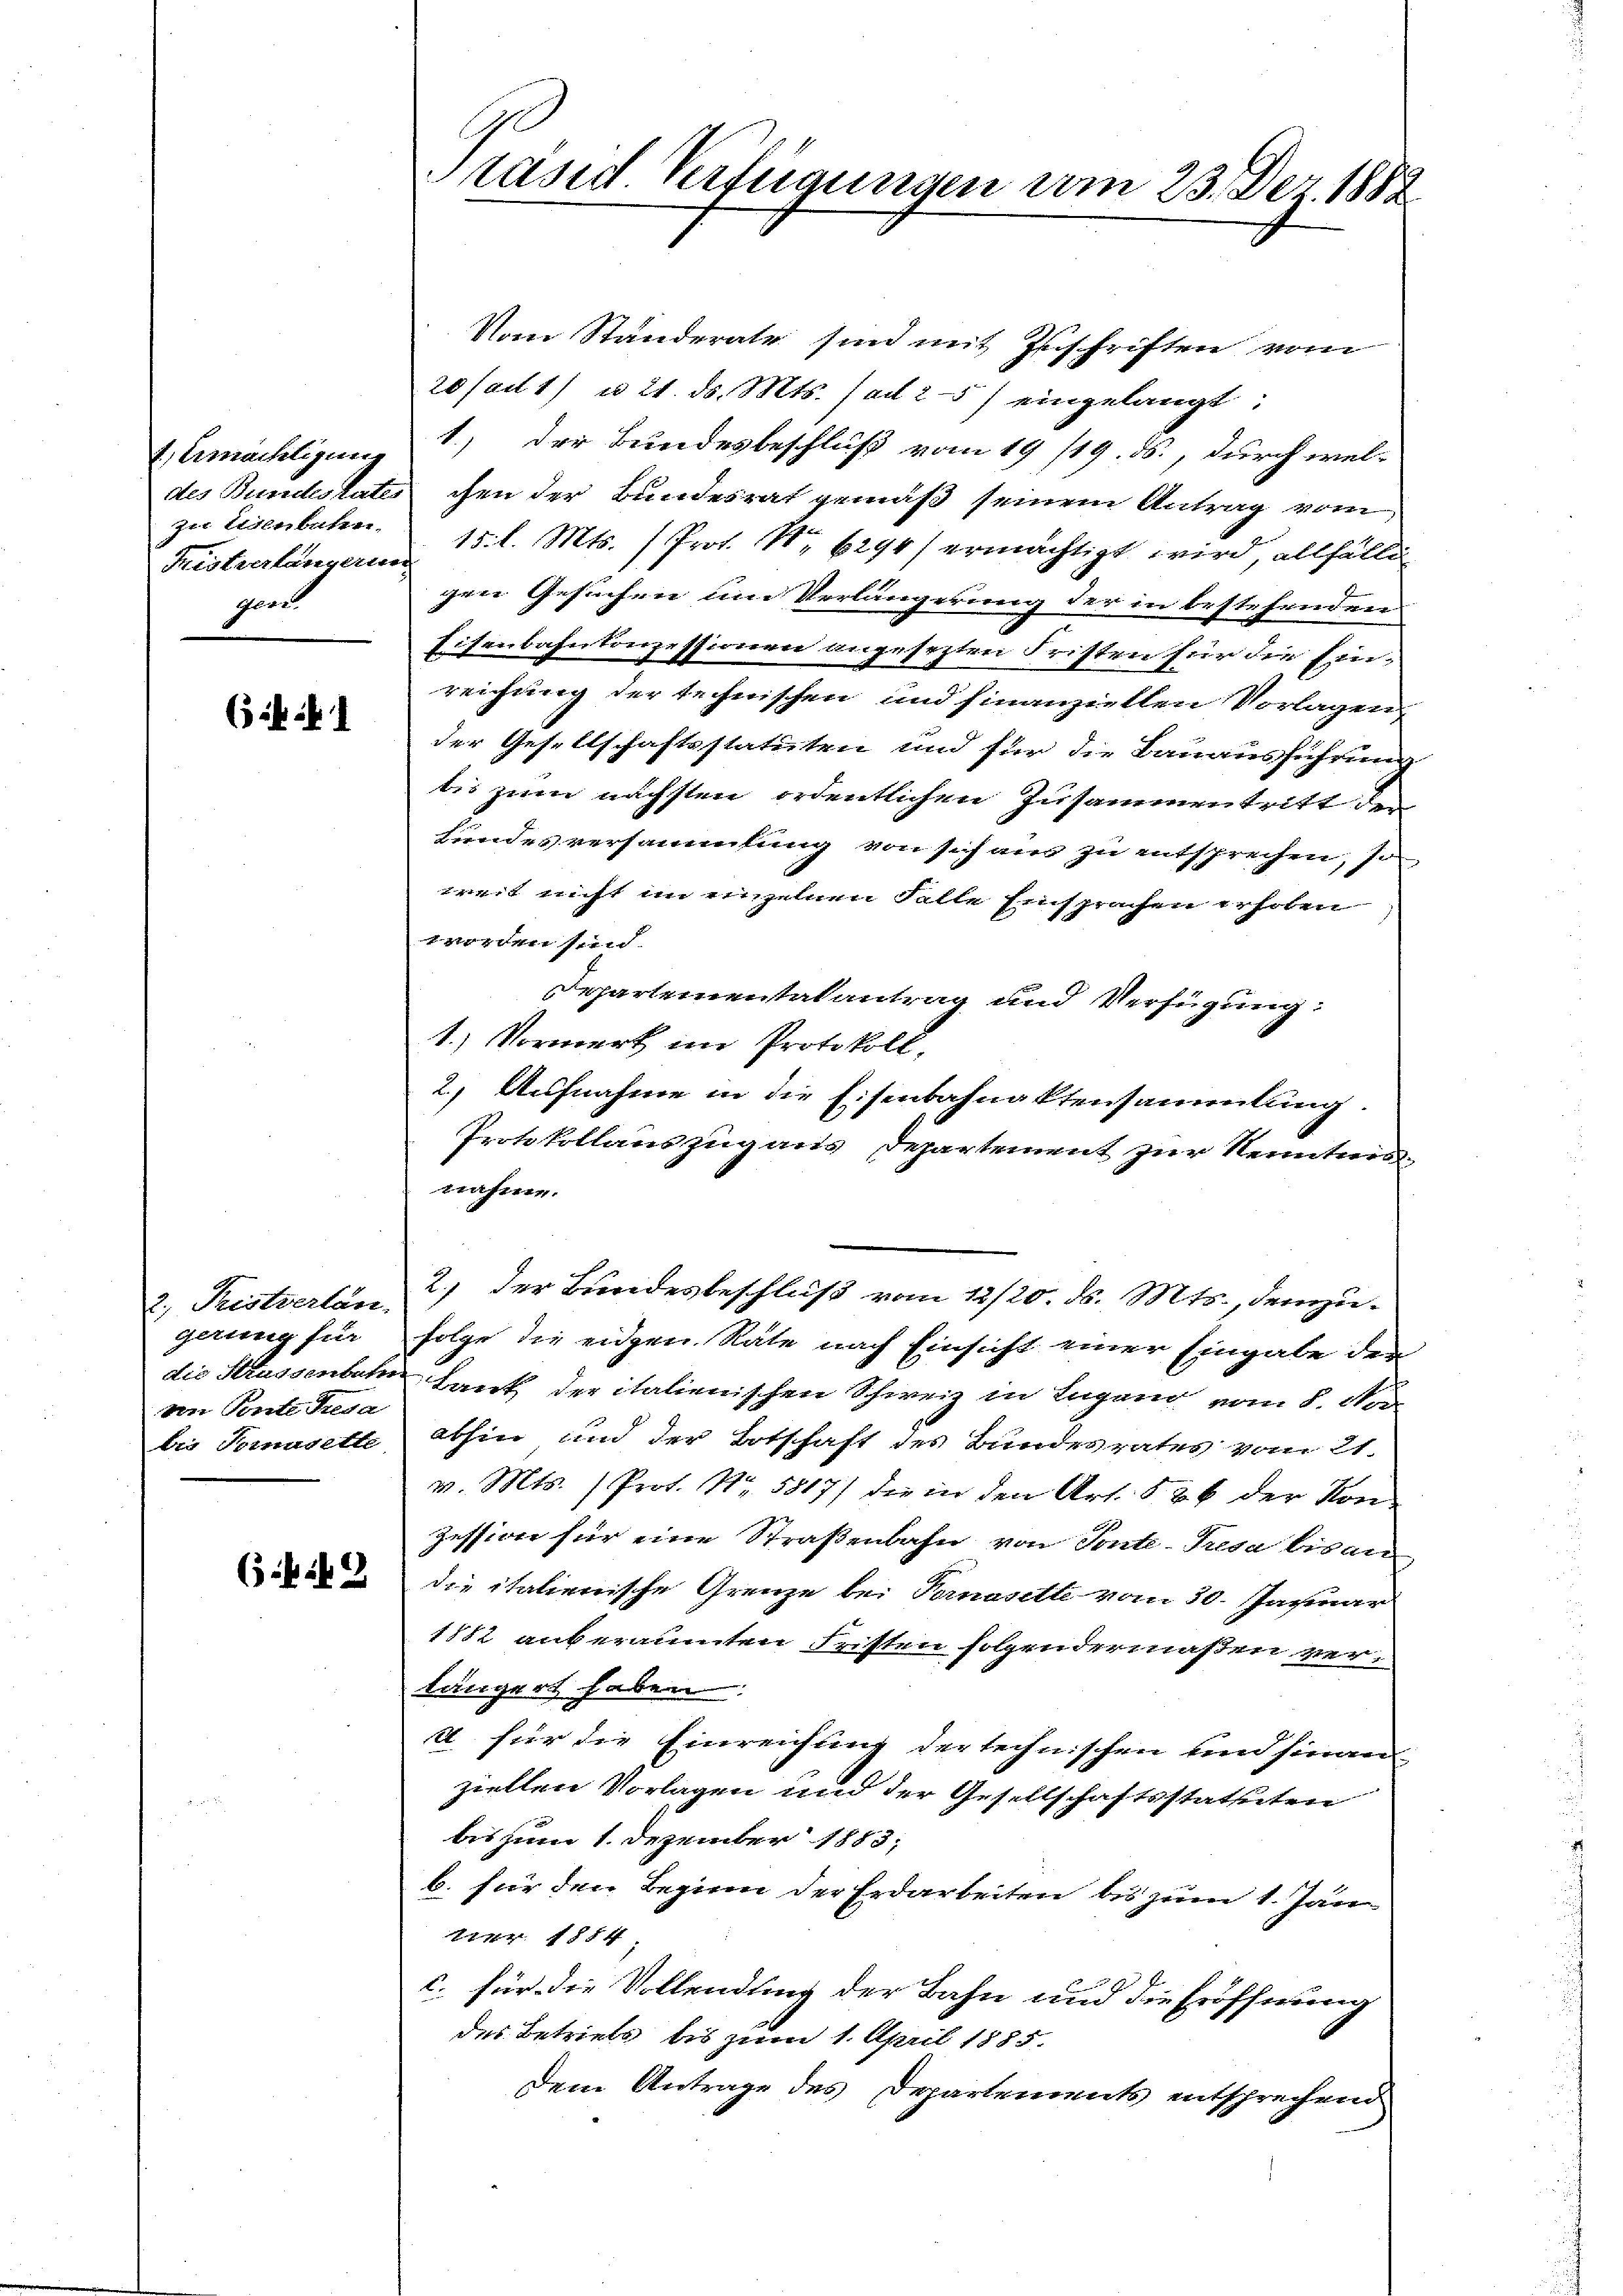
t Emachtigundes Bundes tates
zur Eisenbahn.
Fristverlangerin
Geri

(3

Pristverlan
c
Gerung für
die Strassenbahn
von Ponte Reda
bis Tomasette

Vom Ständerate sind mit Zuschriften vom
20 (ad 1) u. 21. ds. Mts. (ad 25) eingelangt:
1.) der Bundesbeschluß vom 19. 119. ds. durch welchen der Bundesrat gemäß seinem Antrag vom
15. l. Mts. (Prot. S. 1294) ermächtigt wird, allfälli
gen Gesuchen um Verlängerung der in bestehenden
Eisenbahnkonzessionen angesezten Fristen für die Einreichung der technischen und finanziellen Vorlagen
der Gesellschaftsstatuten und für die Bauausführung
tis zum nächsten ordentlichen Zusammentritt der
Lundes versammlung von sich aus zu entsprechen, so
weit nicht im einzelnen Falle Einsprachen erhoben
worden sind.
Departemental antrag und Verfügung:
1.) Vormerk im Protokoll,
2) Aufnahme in die Eisenbahnaktensammlung
Protokollauszug aus Departement zur Kenntnis-
nahme.
2.) der Bundesbeschluß vom 12/20. ds. Mts., demzu- |
folge die eidgen. Räte nach Einsicht einer Eingabe der
Lank der italienischen Schweiz in Ingang vom 8. Nov.
abhin und der Botschaft des Bundesrates vom 21.
v. Mts. (Prot. Nr. 5817) der in den Art. 526 der Konzession für eine Straßenbahn von Ponte - Tresa bis an
die italienische Grenze bei Pomasette vom 30. Januar
1882 anberaumten Fristen folgendermaßen verlängert haben.
2. für die Einreichung der technischen und hinanziellen Vorlagen und der Gesellschaftsstatuten
bis zum 1. Dezember 1883;
b. für den Beginn der Erdarbeiten bis zum 1. Jän-
277. 1854
C. für die Vollendung der Bahn und die Eröffnung
des Betriebs bis zum 1. April 1885.
dem Antrage des Departements entsprechend

65 bis

rasid Verfügungen vom 23. Dez. 1882.